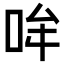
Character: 𪡂